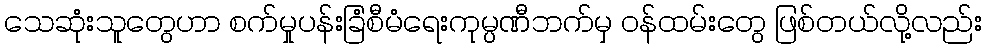
သေဆုံးသူတွေဟာ စက်မှုပန်းခြံစီမံရေးကုမ္ပဏီဘက်မှ ဝန်ထမ်းတွေ ဖြစ်တယ်လို့လည်း